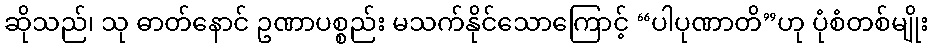
ဆိုသည်၊ သု ဓာတ်နောင် ဥဏာပစ္စည်း မသက်နိုင်သောကြောင့် “ပါပုဏာတိ”ဟု ပုံစံတစ်မျိုး